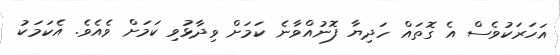
އަހަރަކުވެސް އެ ގޮތައް ހަދިޔާ ފޮނުއްވާނެ ކަމަށް ވިދާޅުވި ކަމަށް ވެއެވެ. އެކަމަކު